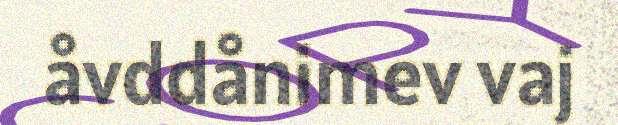
åvddånimev vaj